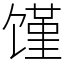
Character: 馑